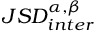
J S D _ { i n t e r } ^ { \alpha , \beta }